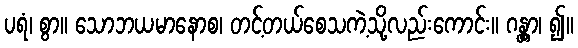
ပရံ၊ စွာ။ သောဘယမာနောစ၊ တင့်တယ်စေသကဲ့သို့လည်းကောင်း။ ဂန္တွာ၊ ၍။